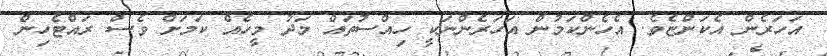
އަހަރެން އެކަންޏެވެ. އެހެންކަމުން އަހަރެންނަކީ ހިއްސުތައް މަދު މީހެއް ކަމަށް ވެސް ރައްޓެހިން